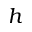
h